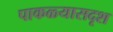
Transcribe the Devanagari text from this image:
पाकळ्यासदृश